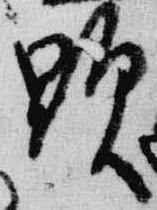
顕